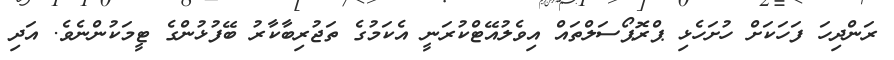
ރަންދިހަ ފަހަކަށް ހުށަހެޅި ޕްރޮޕޯސަލްތައް އިވެލުއޭޓްކުރަނީ އެކަމުގެ ތަޖުރިބާކާރު ބޭފުޅުންގެ ޓީމަކުންނެވެ. އަދި